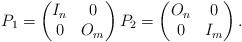
LaTeX: \begin{align*}P_1 = \begin{pmatrix} I_n & 0 \\ 0 & O_m \end{pmatrix} P_2 = \begin{pmatrix} O_n & 0 \\ 0 & I_m \end{pmatrix}.\end{align*}